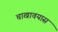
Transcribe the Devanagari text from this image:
चाखावयास